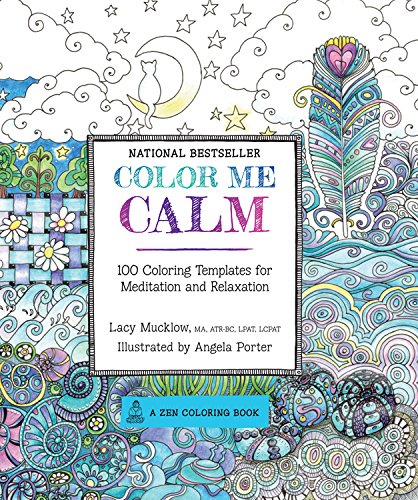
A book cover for Color Me Calm: 100 Coloring Templates for Meditation and Relaxation (A Zen Coloring Book); Lacy Mucklow; Humor & Entertainment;